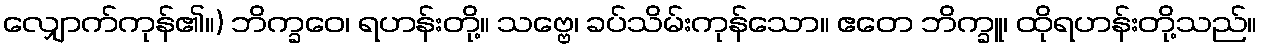
လျှောက်ကုန်၏။) ဘိက္ခဝေ၊ ရဟန်းတို့။ သဗ္ဗေ၊ ခပ်သိမ်းကုန်သော။ ဧတေ ဘိက္ခူ၊ ထိုရဟန်းတို့သည်။